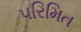
પરિમિત